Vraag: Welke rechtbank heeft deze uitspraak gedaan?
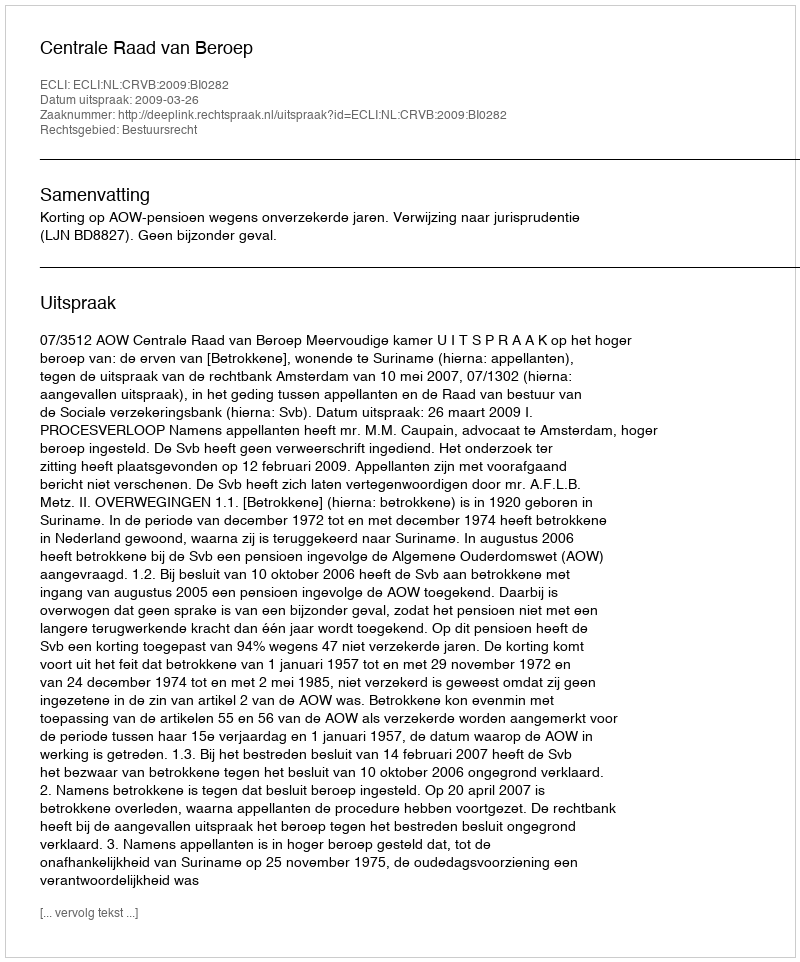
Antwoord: Centrale Raad van Beroep